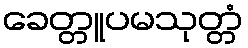
ခေတ္တူပမသုတ္တံ